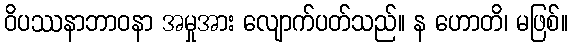
ဝိပဿနာဘာဝနာ အမှုအား လျောက်ပတ်သည်။ န ဟောတိ၊ မဖြစ်။